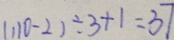
( 1 1 0 - 2 ) \div 3 + 1 = 3 7